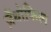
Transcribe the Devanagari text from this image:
ज़ैंथोफिल